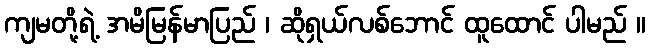
ကျမတို့ရဲ့ အမိမြန်မာပြည် ၊ ဆိုရှယ်လစ်ဘောင် ထူထောင် ပါမည် ။